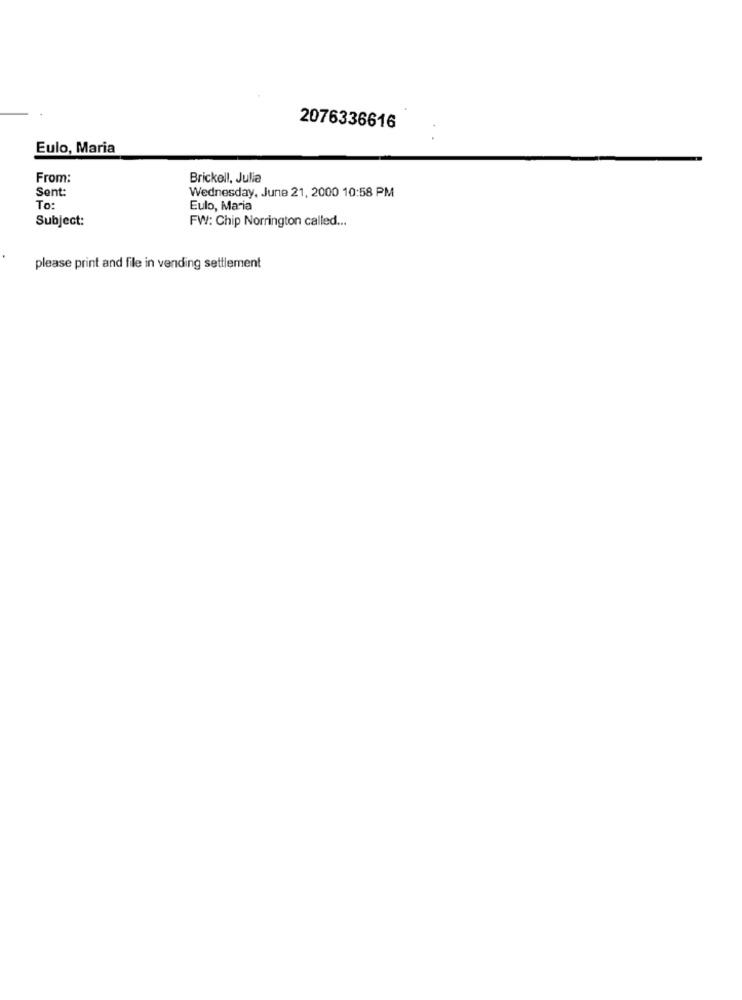
2076336616
Eulo, Maria
From:
Brickell, Julia
Sent:
Wednesday, June 21, 2000 10:58 PM
To:
Eulo, Maria
Subject:
FW: Chip Norrington called ...
please print and file in vending settlement